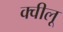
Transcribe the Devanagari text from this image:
क्वीलू